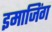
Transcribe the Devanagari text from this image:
इमाजिंग